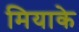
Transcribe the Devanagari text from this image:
मियाके